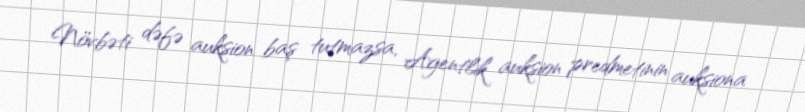
Növbəti dəfə auksion baş tutmazsa, Agentlik auksion predmetinin auksiona